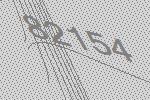
82154